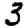
Digit: 3